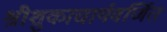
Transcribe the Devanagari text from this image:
श्रीशुकाचार्यवर्णित